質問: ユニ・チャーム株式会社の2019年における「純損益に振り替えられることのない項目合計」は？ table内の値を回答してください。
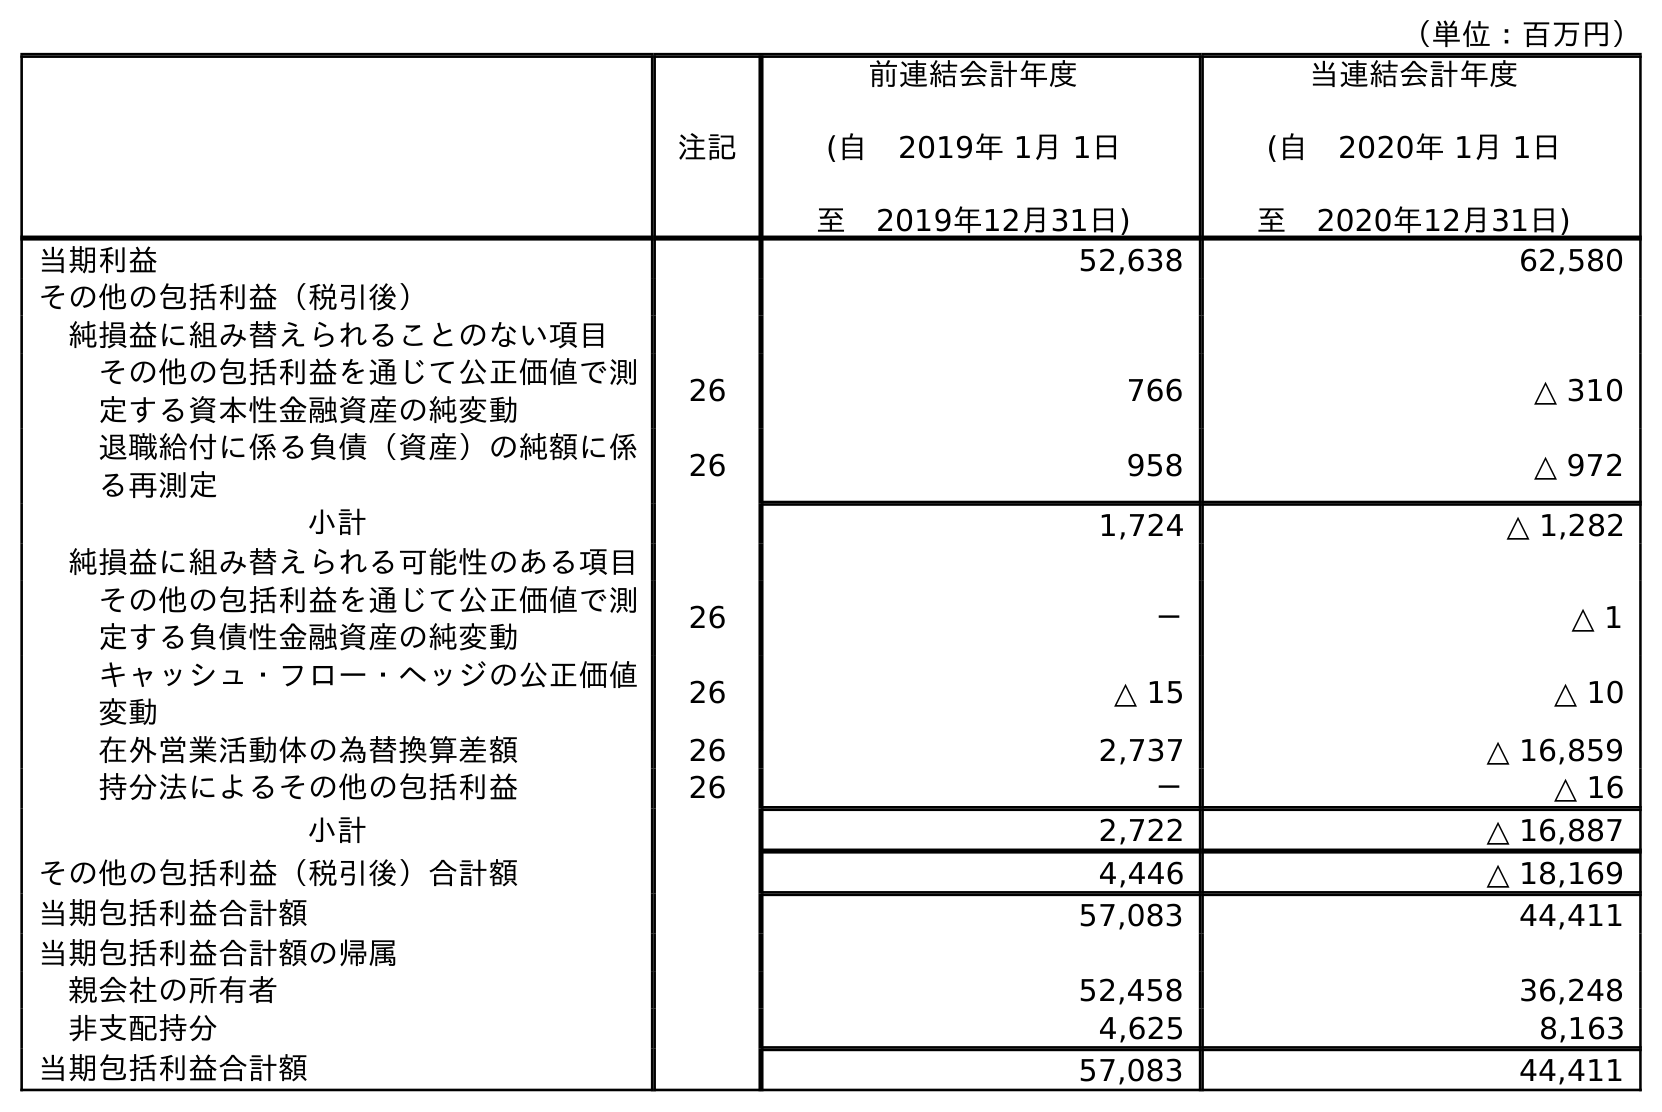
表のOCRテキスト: （単位：百万円） 注記 前連結会計年度 (自 2019年 1月 1日 至 2019年12月31日) 当連結会計年度 (自 2020年 1月 1日 至 2020年12月31日) 当期利益 52,638 62,580 その他の包括利益（税引後） 純損益に組み替えられることのない項目 その他の包括利益を通じて公正価値で測 定する資本性金融資産の純変動 26 766 △ 310 退職給付に係る負債（資産）の純額に係 る再測定 26 958 △ 972 小計 1,724 △ 1,282 純損益に組み替えられる可能性のある項目 その他の包括利益を通じて公正価値で測 定する負債性金融資産の純変動 26 － △ 1 キャッシュ・フロー・ヘッジの公正価値 変動 26 △ 15 △ 10 在外営業活動体の為替換算差額 26 2,737 △ 16,859 持分法によるその他の包括利益 26 － △ 16 小計 2,722 △ 16,887 その他の包括利益（税引後）合計額 4,446 △ 18,169 当期包括利益合計額 57,083 44,411 当期包括利益合計額の帰属 親会社の所有者 52,458 36,248 非支配持分 4,625 8,163 当期包括利益合計額 57,083 44,411
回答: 1,724